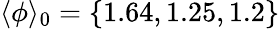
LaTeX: \langle\phi\rangle_{0}=\{ 1.64,1.25,1.2\}